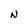
Character: N